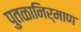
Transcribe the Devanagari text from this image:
पुतळानिर्माण